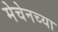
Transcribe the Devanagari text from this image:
मेचेनच्या